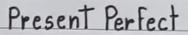
Present Perfect